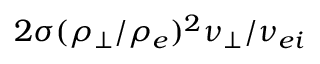
2 \sigma ( \rho _ { \perp } / \rho _ { e } ) ^ { 2 } \nu _ { \perp } / \nu _ { e i }